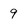
Character: 9